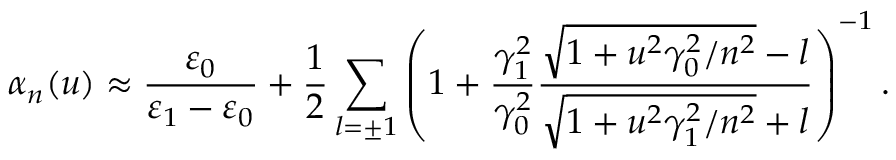
\alpha _ { n } ( u ) \approx \frac { \varepsilon _ { 0 } } { \varepsilon _ { 1 } - \varepsilon _ { 0 } } + \frac { 1 } { 2 } \sum _ { l = \pm 1 } \left( 1 + \frac { \gamma _ { 1 } ^ { 2 } } { \gamma _ { 0 } ^ { 2 } } \frac { \sqrt { 1 + u ^ { 2 } \gamma _ { 0 } ^ { 2 } / n ^ { 2 } } - l } { \sqrt { 1 + u ^ { 2 } \gamma _ { 1 } ^ { 2 } / n ^ { 2 } } + l } \right) ^ { - 1 } .